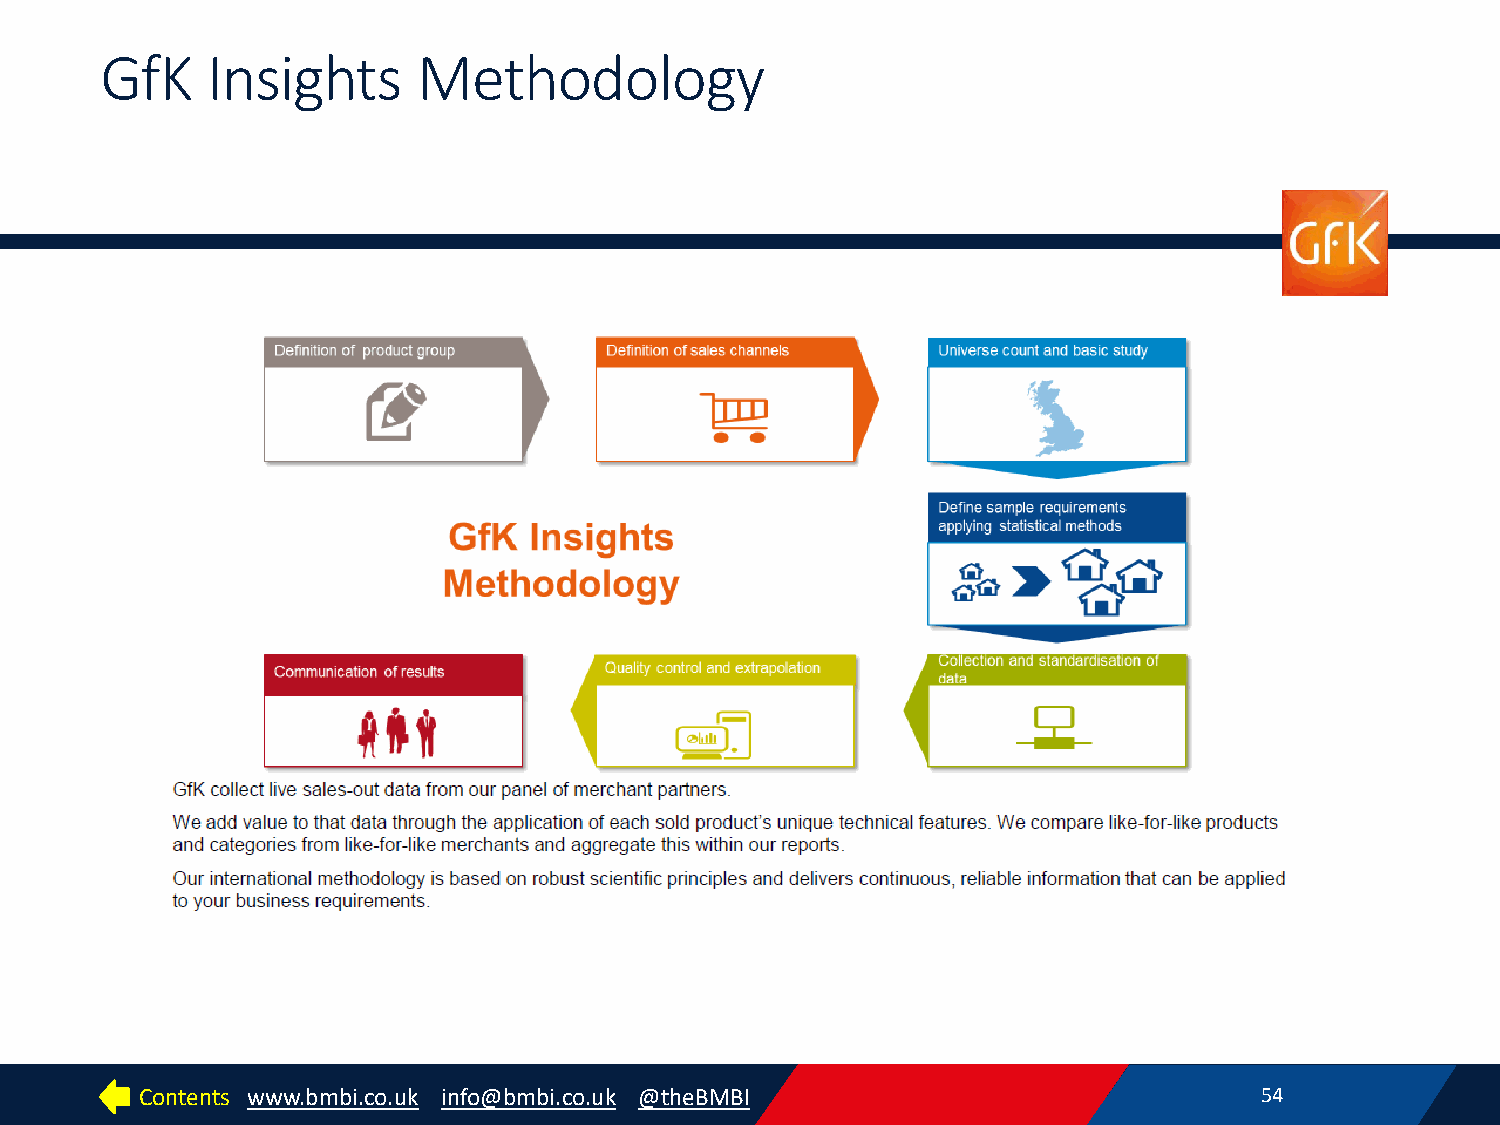
GfK    Insights      Methodology
 Contents www.bmbi.co.uk info@bmbi.co.uk @theBMBI                          54